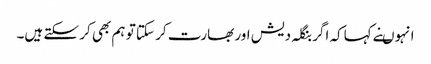
انہوںنے کہاکہ اگر بنگلہ دیش اور بھارت کر سکتا تو ہم بھی کر سکتے ہیں۔